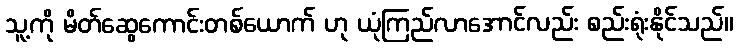
သူ့ကို မိတ်ဆွေကောင်းတစ်ယောက် ဟု ယုံကြည်လာအောင်လည်း စည်းရုံးနိုင်သည်။